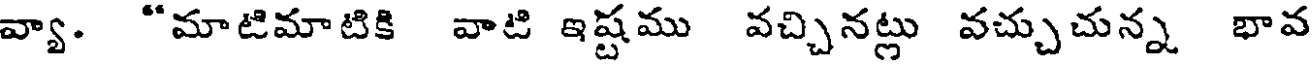
వ్యా. "మాటిమాటికి వాటి ఇష్టము వచ్చినట్లు వచ్చుచున్న భావ